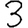
Digit: 3